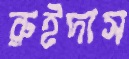
রুইদাস